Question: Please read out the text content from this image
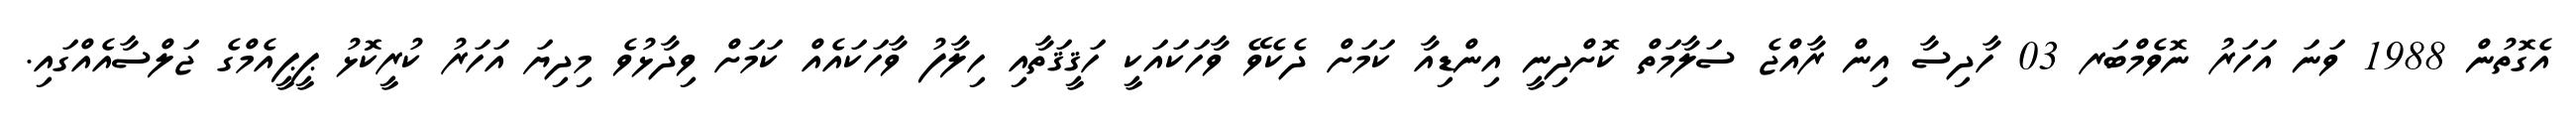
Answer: އެގޮތުން 1988 ވަނަ އަހަރު ނޮވެމްބަރ 03 ހާދިސާ އިން ރާއްޖެ ސަލާމަތް ކޮށްދިނީ އިންޑިއާ ކަމަށް ދެކެވޭ ވާހަކައަކީ ހަޤީޤަތާއި ހިލާފު ވާހަކައެއް ކަމަށް ވިދާޅުވެ މިދިޔަ އަހަރު ކުރީކޮޅު ޕީޕީއެމްގެ ޖަލްސާއެއްގައި.